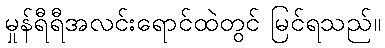
မှုန်ရီရီအလင်းရောင်ထဲတွင် မြင်ရသည်။